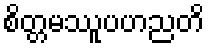
စိတ္တမဿူပဟညတိ